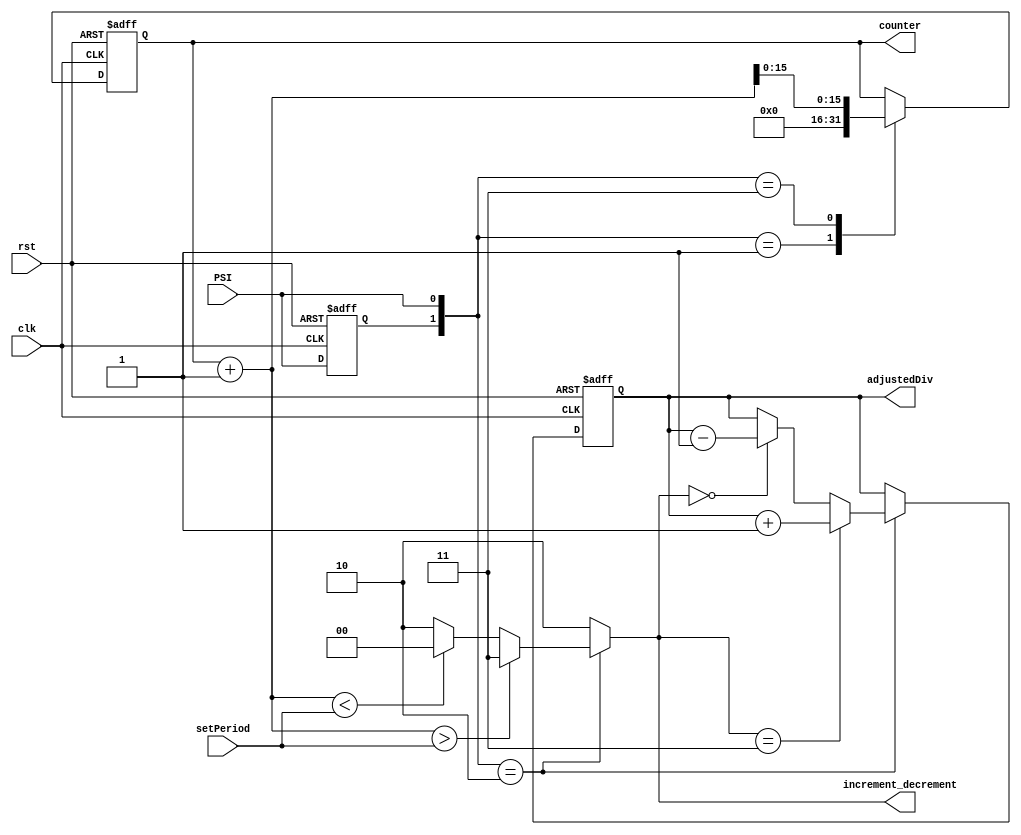
module frequency_regulator (input clk , rst , PSI , input [7:0]setPeriod , output reg [7:0]adjustedDiv,
                            output reg [1:0]increment_decrement , output reg [15:0]counter);
    
    reg previous;

    always @(posedge clk , posedge rst) begin : _transition_
        if (rst) previous <= 0;
        else previous <= PSI;
    end

    always @(posedge clk , posedge rst) begin : decide_when_to_count_and_count
        if (rst) counter <= 0;
        else begin
            case ({previous,PSI})
                2'b01 : counter <= 0;
                2'b11 : counter <= counter + 1;
            endcase
        end
    end

    always @(previous , PSI , counter , setPeriod) begin : comparsion
        increment_decrement = 2'b10;
        if ({previous,PSI} == 2'b10) begin
            if ((counter+1) > {8'b00000000,setPeriod}) increment_decrement = 2'b11;
            else if ((counter+1) < {8'b00000000,setPeriod}) increment_decrement = 2'b00;
        end
    end

    always @(posedge clk , posedge rst) begin : _increment_decrement_
        if (rst) adjustedDiv <= 8'b01111111;
        else if ({previous,PSI} == 2'b10) begin
            if (increment_decrement == 2'b11) adjustedDiv <= adjustedDiv + 1;
            else if (increment_decrement == 2'b00) adjustedDiv <= adjustedDiv - 1;
        end
    end

endmodule